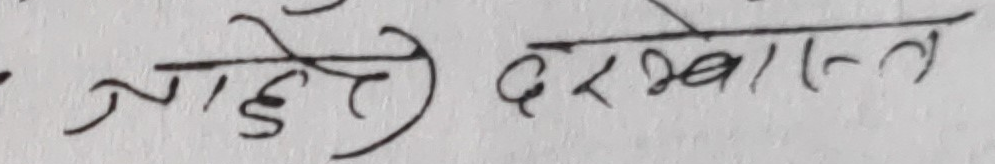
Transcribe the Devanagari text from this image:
जाहेरी दरख्वास्त